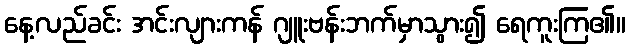
နေ့လည်ခင်း အင်းလျားကန် ဂျူးဗန်းဘက်မှာသွား၍ ရေကူးကြ၏။